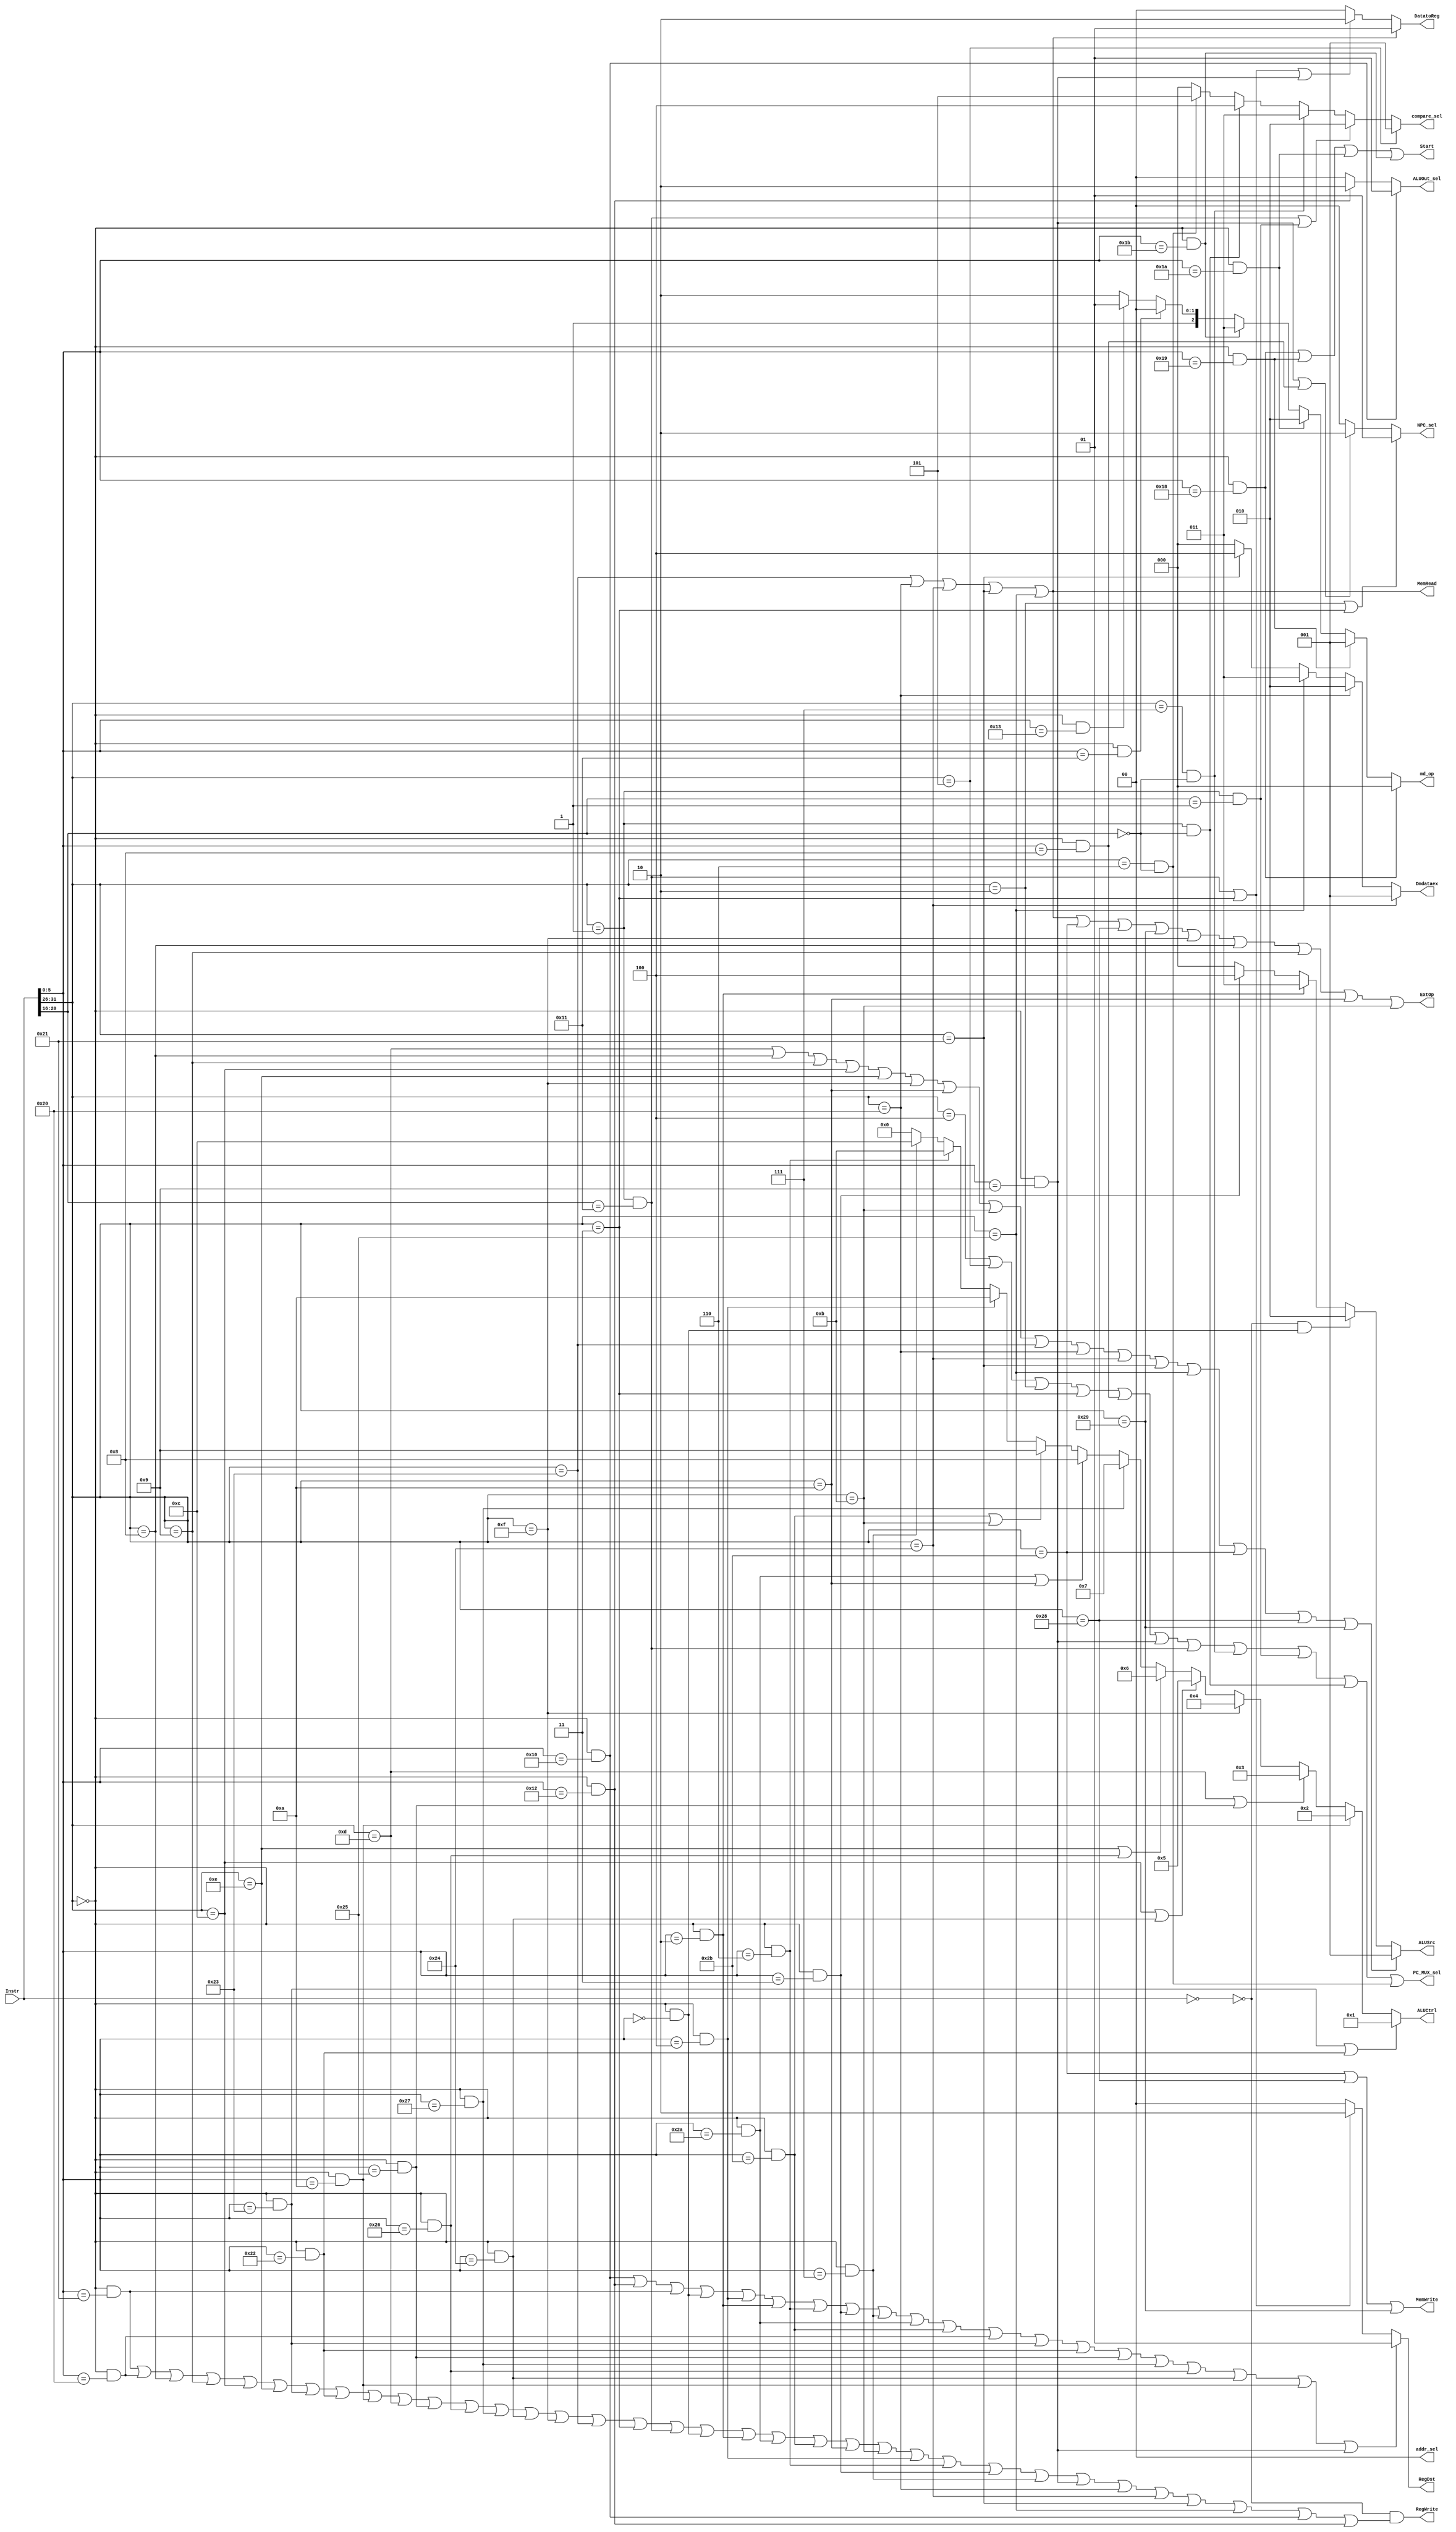
`timescale 1ns / 1ps
//////////////////////////////////////////////////////////////////////////////////
// Company: 
// Engineer: 
// 
// Design Name: 
// Module Name:    ctrl 
// Project Name: 
// Target Devices: 
// Tool versions: 
// Description: 
//
// Dependencies: 
//
// Revision: 
// Revision 0.01 - File Created
// Additional Comments: 
//
//////////////////////////////////////////////////////////////////////////////////

`define op 31:26
`define rs 25:21
`define rt 20:16
`define rd 15:11
`define func 5:0

module ctrl(
    input [31:0] Instr,
    output  [1:0] RegDst,
    output  [2:0] ALUSrc,
    output  MemRead,
    output  RegWrite,
    output  MemWrite,
    output  [1:0] DatatoReg,
    output  [1:0] NPC_sel,
	 output  PC_MUX_sel,
	 output  [2:0]compare_sel,
    output  ExtOp,
    output  [3:0] ALUCtrl,
	 output  [2:0] Dmdataex,
	 output  Start, //
	 output  [1:0] ALUOut_sel, // ALU,0ALU,1hi,2lo
	 output  [2:0] md_op, //
	 output  [1:0] addr_sel//dm
    );
		
	wire addu = (Instr[`op] == 6'b000000) && (Instr[`func] == 6'b100001);
	wire add  = (Instr[`op] == 6'b000000) && (Instr[`func] == 6'b100000);
	wire subu = (Instr[`op] == 6'b000000) && (Instr[`func] == 6'b100011);
	wire sub  = (Instr[`op] == 6'b000000) && (Instr[`func] == 6'b100010);
	wire movz = (Instr[`op] == 6'b000000) && (Instr[`func] == 6'b001010);
	wire And  = (Instr[`op] == 6'b000000) && (Instr[`func] == 6'b100100);
	wire Xor  = (Instr[`op] == 6'b000000) && (Instr[`func] == 6'b100110);
	wire sll  = (Instr[`op] == 6'b000000) && (Instr[`func] == 6'b000000);
	wire sllv = (Instr[`op] == 6'b000000) && (Instr[`func] == 6'b000100);
	wire srl  = (Instr[`op] == 6'b000000) && (Instr[`func] == 6'b000010);
	wire srlv = (Instr[`op] == 6'b000000) && (Instr[`func] == 6'b000110);
	wire sra  = (Instr[`op] == 6'b000000) && (Instr[`func] == 6'b000011);
	wire srav = (Instr[`op] == 6'b000000) && (Instr[`func] == 6'b000111);
	wire slt  = (Instr[`op] == 6'b000000) && (Instr[`func] == 6'b101010);
	wire sltu = (Instr[`op] == 6'b000000) && (Instr[`func] == 6'b101011);
	wire Or   = (Instr[`op] == 6'b000000) && (Instr[`func] == 6'b100101);
	wire Nor  = (Instr[`op] == 6'b000000) && (Instr[`func] == 6'b100111);
	
	
	wire mult  = (Instr[`op] == 6'b000000) && (Instr[`func] == 6'b011000);
	wire multu = (Instr[`op] == 6'b000000) && (Instr[`func] == 6'b011001);
	wire div   = (Instr[`op] == 6'b000000) && (Instr[`func] == 6'b011010);
	wire divu  = (Instr[`op] == 6'b000000) && (Instr[`func] == 6'b011011);
	wire mfhi  = (Instr[`op] == 6'b000000) && (Instr[`func] == 6'b010000);
	wire mflo  = (Instr[`op] == 6'b000000) && (Instr[`func] == 6'b010010);
	wire mthi  = (Instr[`op] == 6'b000000) && (Instr[`func] == 6'b010001);
	wire mtlo  = (Instr[`op] == 6'b000000) && (Instr[`func] == 6'b010011);
	
	
	wire ori   = (Instr[`op] == 6'b001101);
	wire addi  = (Instr[`op] == 6'b001000);
	wire addiu = (Instr[`op] == 6'b001001);
	wire andi  = (Instr[`op] == 6'b001100);
	wire xori  = (Instr[`op] == 6'b001110);
	wire lui   = (Instr[`op] == 6'b001111);
	wire slti  = (Instr[`op] == 6'b001010);
	wire sltiu = (Instr[`op] == 6'b001011);
	
	
	wire j    = (Instr[`op] == 6'b000010);
	wire lw   = (Instr[`op] == 6'b100011);
	wire lb   = (Instr[`op] == 6'b100000);
	wire lbu  = (Instr[`op] == 6'b100100);
	wire lh   = (Instr[`op] == 6'b100001);
	wire lhu  = (Instr[`op] == 6'b100101);
	wire sw   = (Instr[`op] == 6'b101011);
	wire sb   = (Instr[`op] == 6'b101000);
	wire sh   = (Instr[`op] == 6'b101001);
	wire beq  = (Instr[`op] == 6'b000100);
	wire bne  = (Instr[`op] == 6'b000101);
	wire jal  = (Instr[`op] == 6'b000011);
	wire jr   = (Instr[`op] == 6'b000000) && (Instr[`func] == 6'b001000);
	wire jalr = (Instr[`op] == 6'b000000) && (Instr[`func] == 6'b001001);

	wire bgezal  = (Instr[`op] == 6'b000001)&&(Instr[`rt] == 5'b10001);
	wire bgez    = (Instr[`op] == 6'b000001)&&(Instr[`rt] == 5'b00001);
	wire bgtz    = (Instr[`op] == 6'b000111)&&(Instr[`rt] == 5'b00000);
	wire bltz    = (Instr[`op] == 6'b000001)&&(Instr[`rt] == 5'b00000);
	wire blez    = (Instr[`op] == 6'b000110)&&(Instr[`rt] == 5'b00000);

	wire nop = (Instr == 0);
	
	
	assign RegDst 	 = (mfhi || mflo || addu || sll || sllv || srl || srlv || sra || srav || slt || sltu || add || subu || sub || Or || Nor || Xor || And || movz || jalr)? 1://rd
																																							                                        bgezal||jal? 2://31
																																											                                         0;//rt
														 
	assign ALUSrc   = (ori || addi || addiu || andi || xori || lui || slti || sltiu || lw || lb || lbu || lh || lhu || sw || sb || sh)? 1:
																																								  (!nop)&&sll? 2:		
																																											 srl? 3:
																																											 sra? 4:
																																													0;//1, 0rt,2sll3srl
	
	assign MemRead  = lw || lb || lbu || lh || lhu;
	
	assign RegWrite = (!nop)&&(addu || add || addi || addiu || andi || xori || subu || sub || movz || ori || Or || Xor || 
							           Nor|| And || lui || lw || jal || bgezal || sll || srl || slt || sltu || slti || sltiu ||
										  sllv || srlv || sra || srav || jalr || lb || lbu || lh || lhu || mfhi || mflo);
	
	assign MemWrite = sw || sb || sh;
	
	assign DatatoReg = lw || lb || lbu || lh || lhu ? 1://dm
				                 bgezal || jal || jalr ? 2://pc4
							                                0;
									
	assign NPC_sel  = (j || jal)? 1:
							jalr || jr?	2:
									      0;
											
	assign PC_MUX_sel = beq || bne || j || jal || jr || jalr || bgezal || bgtz || bgez || bltz || blez;
	
	assign compare_sel = bne? 1:
	          bgezal || bgez? 2:
							  bgtz? 3:
							  bltz? 4:
							  blez? 5:
	                          0;
	
	assign ExtOp = lw || lb || lbu || lh || lhu || sw || sb || sh || lui || addi || addiu || slti || sltiu;
	
	assign ALUCtrl = (subu || sub) ? 1:
									  movz ? 2:
				           ori || Or  ? 3:
						           lui  ? 4:
						   andi || And  ? 5:
						   xori || Xor  ? 6:
									  Nor  ? 7:
						    slt || slti ? 8:
						  sltu || sltiu ? 9:
									  sllv ?10:
									  srlv ?11:
									  srav ?12:
						                  0;
	assign Dmdataex = lbu ? 1:
	                  lb  ? 2:
	                  lhu ? 3:
	                  lh  ? 4:
							      0;//lw
	                 
	assign Start = mult || multu || div || divu ;
	
	assign ALUOut_sel = mfhi ? 1:
	                    mflo ? 2:
							         0;
	assign md_op =  mult  ? 0:
						 multu ? 1:
	                  div ? 2:
						  divu ? 3:
						  mthi ? 4:
						  mtlo ? 5:
	                        6;//mult
	assign addr_sel = 0;
	
	
endmodule